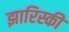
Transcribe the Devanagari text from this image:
झारिस्की